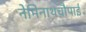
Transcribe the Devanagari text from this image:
नेमिनाथचौपाई